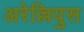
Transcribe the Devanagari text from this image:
अरेल्लियुस